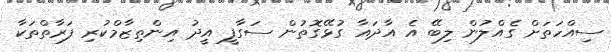
ސިއްހަތަށް ގެއްލުން ލިބޭ އެ އާދައާ ގުޅޭގޮތުން ސަގާފީ އީދު އިންތިޒާމްކުރި ފަރާތްތަކާ